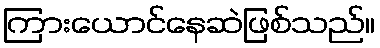
ကြားယောင်နေဆဲဖြစ်သည်။